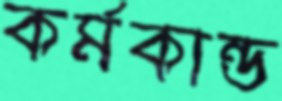
কর্মকান্ড